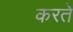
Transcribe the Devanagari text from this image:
करते